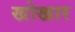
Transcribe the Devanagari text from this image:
खोखार